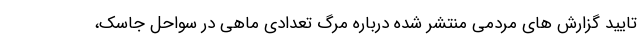
تایید گزارش های مردمی منتشر شده درباره مرگ تعدادی ماهی در سواحل جاسک،